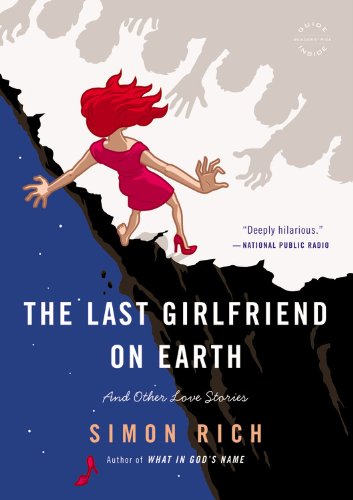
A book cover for The Last Girlfriend on Earth: And Other Love Stories; Simon Rich; Romance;